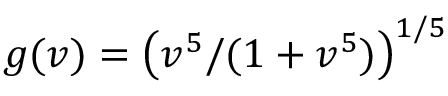
g ( v ) = \big ( v ^ { 5 } / ( 1 + v ^ { 5 } ) \big ) ^ { 1 / 5 }